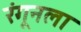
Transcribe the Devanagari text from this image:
रंगूनला